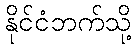
နိုင်ငံဘက်သို့